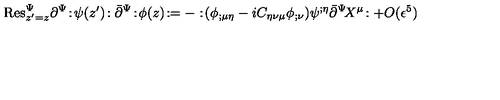
\mathrm { R e s } _ { z ^ { \prime } = z } ^ { \Psi } \partial ^ { \Psi } \! : \! \psi ( z ^ { \prime } ) \! : \bar { \partial } ^ { \Psi } \! : \! \phi ( z ) \! : = - : \! ( \phi _ { ; \mu \eta } - i C _ { \eta \nu \mu } \phi _ { ; \nu } ) \psi ^ { ; \eta } \bar { \partial } ^ { \Psi } \! X ^ { \mu } \! : + O ( \epsilon ^ { 5 } )